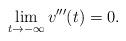
LaTeX: \begin{align*}\lim_{t\to -\infty} v'''(t)=0.\end{align*}